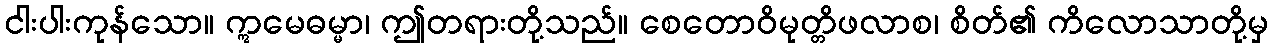
ငါးပါးကုန်သော။ ဣမေဓမ္မာ၊ ဤတရားတို့သည်။ စေတောဝိမုတ္တိဖလာစ၊ စိတ်၏ ကိလောသာတို့မှ